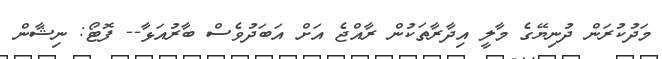
މަދުކުރަން ދުނިޔޭގެ މާލީ އިދާރާތަކުން ރާއްޖެ އަށް އަބަދުވެސް ބާރުއަޅާ-- ފޮޓޯ: ނިޝާން